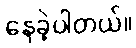
နေခဲ့ပါတယ်။